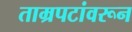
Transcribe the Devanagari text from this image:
ताम्रपटांवरून